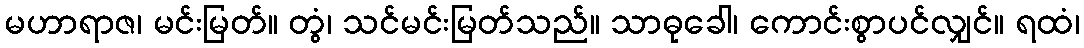
မဟာရာဇ၊ မင်းမြတ်။ တွံ၊ သင်မင်းမြတ်သည်။ သာဓုခေါ၊ ကောင်းစွာပင်လျှင်။ ရထံ၊